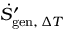
{ \dot { S } } _ { \mathrm { g e n } , \, \Delta T } ^ { \prime }